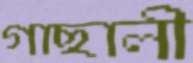
গাছালী